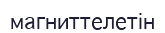
магниттелетін